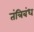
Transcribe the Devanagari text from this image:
तंत्रिबंध